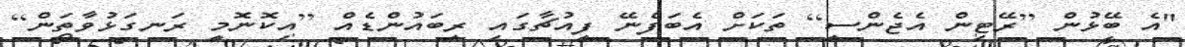
"އެ ބޭޅުން [ރޭޓިން އެޖެންސީ] ތަކަށް އެބަފެނޭ ފިއުޗާގައި ރިބައުންޑެއް [އިކޮނޮމީ ރަނގަޅުވާތަން]